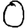
Digit: 0